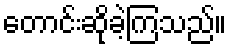
တောင်းဆိုခဲ့ကြသည်။